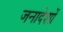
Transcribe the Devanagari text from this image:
जनादेशों